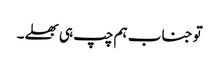
تو جناب ہم چپ ہی بھلے۔